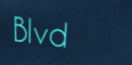
Blvd